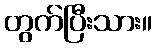
တွက်ပြီးသား။